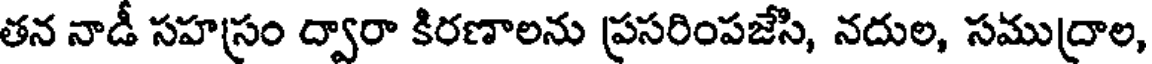
తన నాడీ సహస్రం ద్వారా కిరణాలను ప్రసరింపజేసి, నదుల, సముద్రాల,